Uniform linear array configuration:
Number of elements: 16
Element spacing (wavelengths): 1
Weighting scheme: uniform
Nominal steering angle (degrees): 30
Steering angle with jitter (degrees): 31.812
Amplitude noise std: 0.05
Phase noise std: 0.05

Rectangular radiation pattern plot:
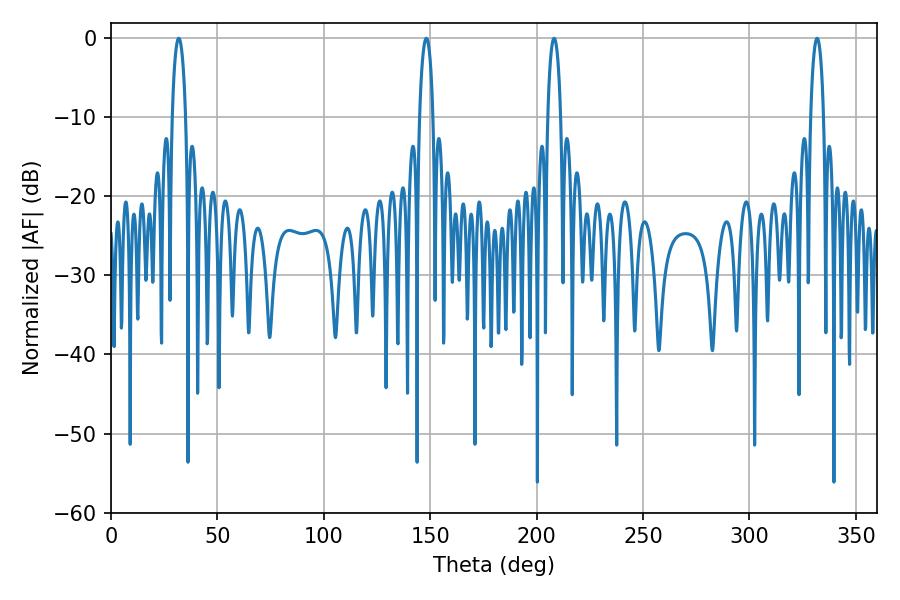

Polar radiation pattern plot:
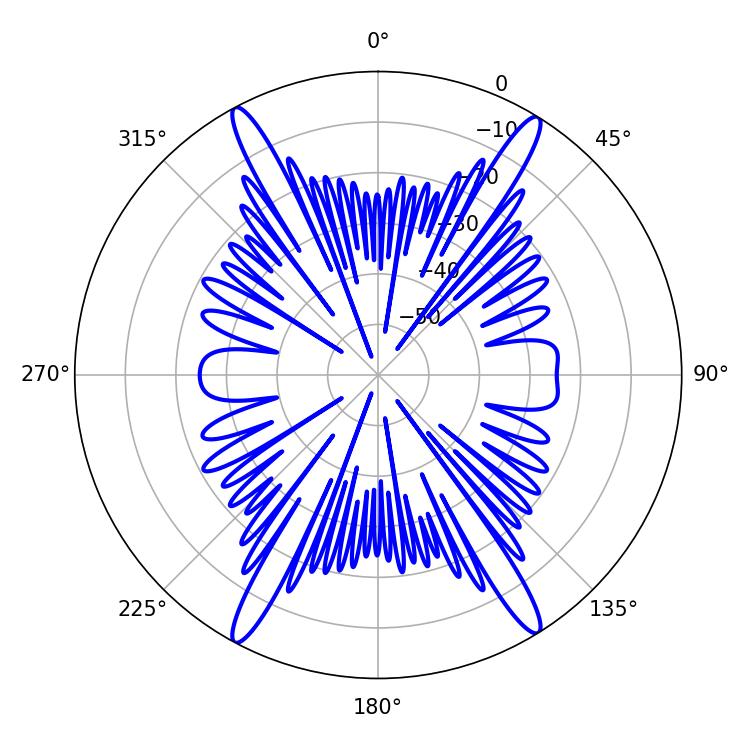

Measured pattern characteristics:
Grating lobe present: TRUE
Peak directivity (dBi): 23.032
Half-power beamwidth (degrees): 3.6
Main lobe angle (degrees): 31.86